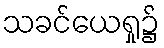
သခင်ယေရှု၌